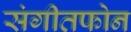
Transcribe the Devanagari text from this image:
संगीतफोन